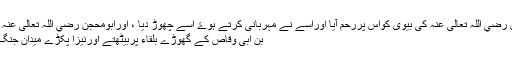
توسعد بن ابی وقاص رضي اللہ تعالی عنہ کی بیوی کواس پررحم آيا اوراسے نے مہربانی کرتے ہوۓ اسے چھوڑ دیا ، اورابومحجن رضي اللہ تعالی عنہ چھلانگ لگا کرسعد
بن ابی وقاص کے گھوڑے بلقاء پربیٹھتے اورنیزا پکڑے میدان جنگ کا رخ کرتے ہيں ۔